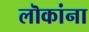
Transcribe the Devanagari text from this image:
लॊकांना